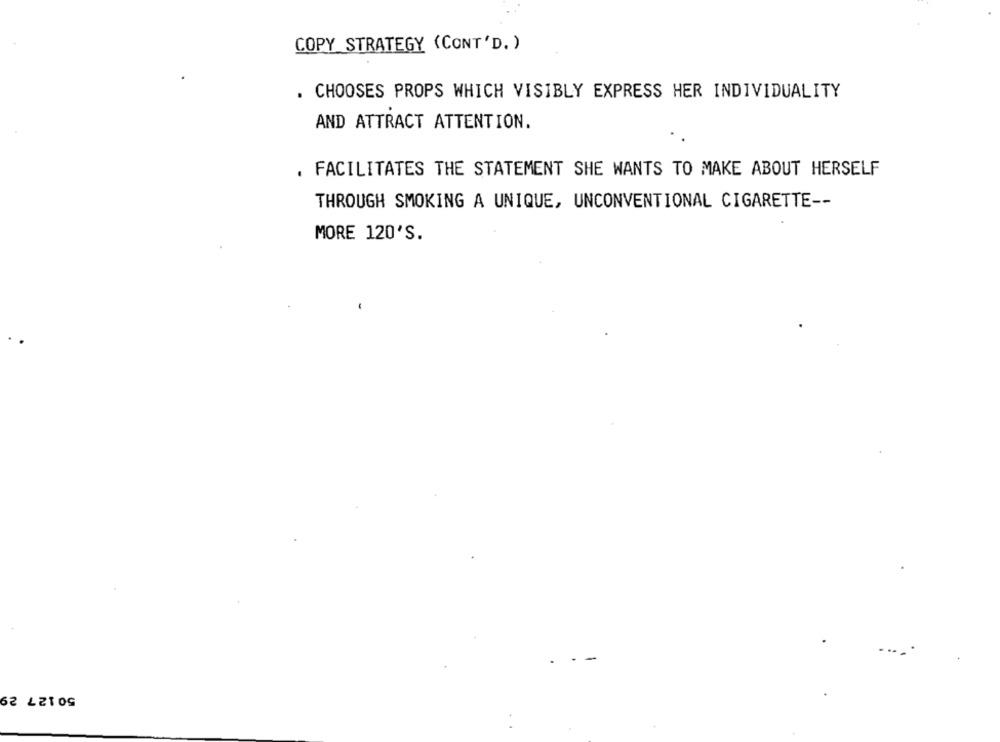
COPY STRATEGY (CONT'D. )
. CHOOSES PROPS WHICH VISIBLY EXPRESS HER INDIVIDUALITY
AND ATTRACT ATTENTION.
FACILITATES THE STATEMENT SHE WANTS TO MAKE ABOUT HERSELF
THROUGH SMOKING A UNIQUE, UNCONVENTIONAL CIGARETTE --
MORE 120'S.
50 127 29